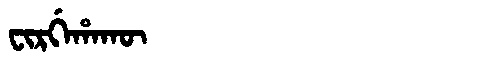
Manchu: ᠸᡳᡵᡤᡝᡥᠠᡴᡡ
Romanization: FIRGEHAKŪ